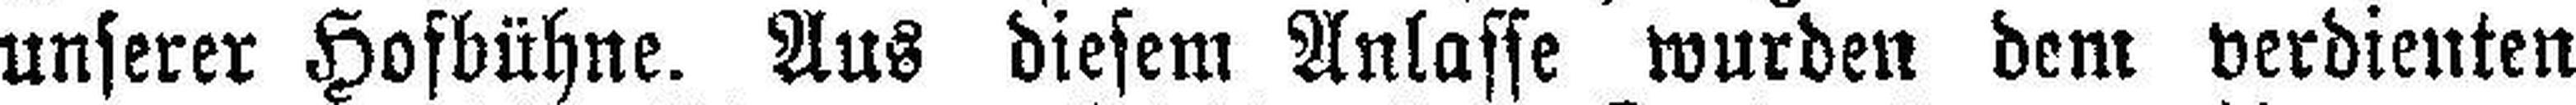
unserer Hofbühne. Aus diesem Anlasse wurden dem verdienten